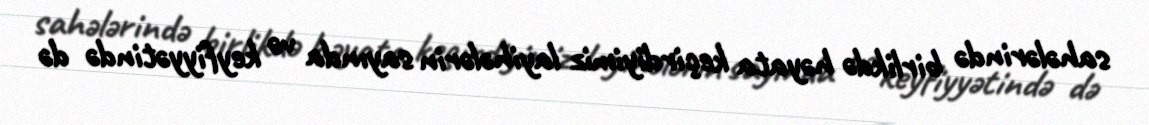
sahələrində birlikdə həyata keçirdiyimiz layihələrin sayında və keyfiyyətində də